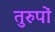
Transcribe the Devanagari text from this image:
तुरुपों